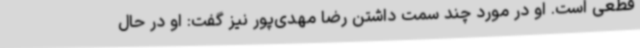
قطعی است. او در مورد چند سمت داشتن رضا مهدی‌پور نیز گفت: او در حال